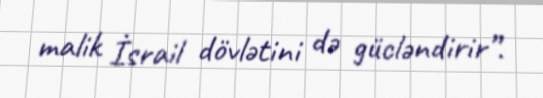
malik İsrail dövlətini də gücləndirir”.